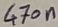
Text: 470n